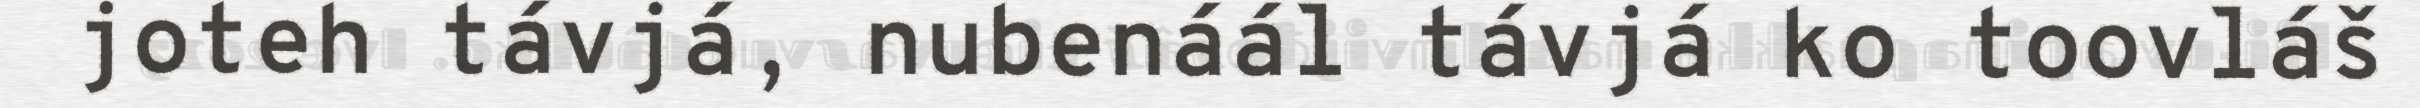
joteh távjá, nubenáál távjá ko toovláš